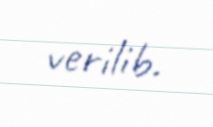
verilib.